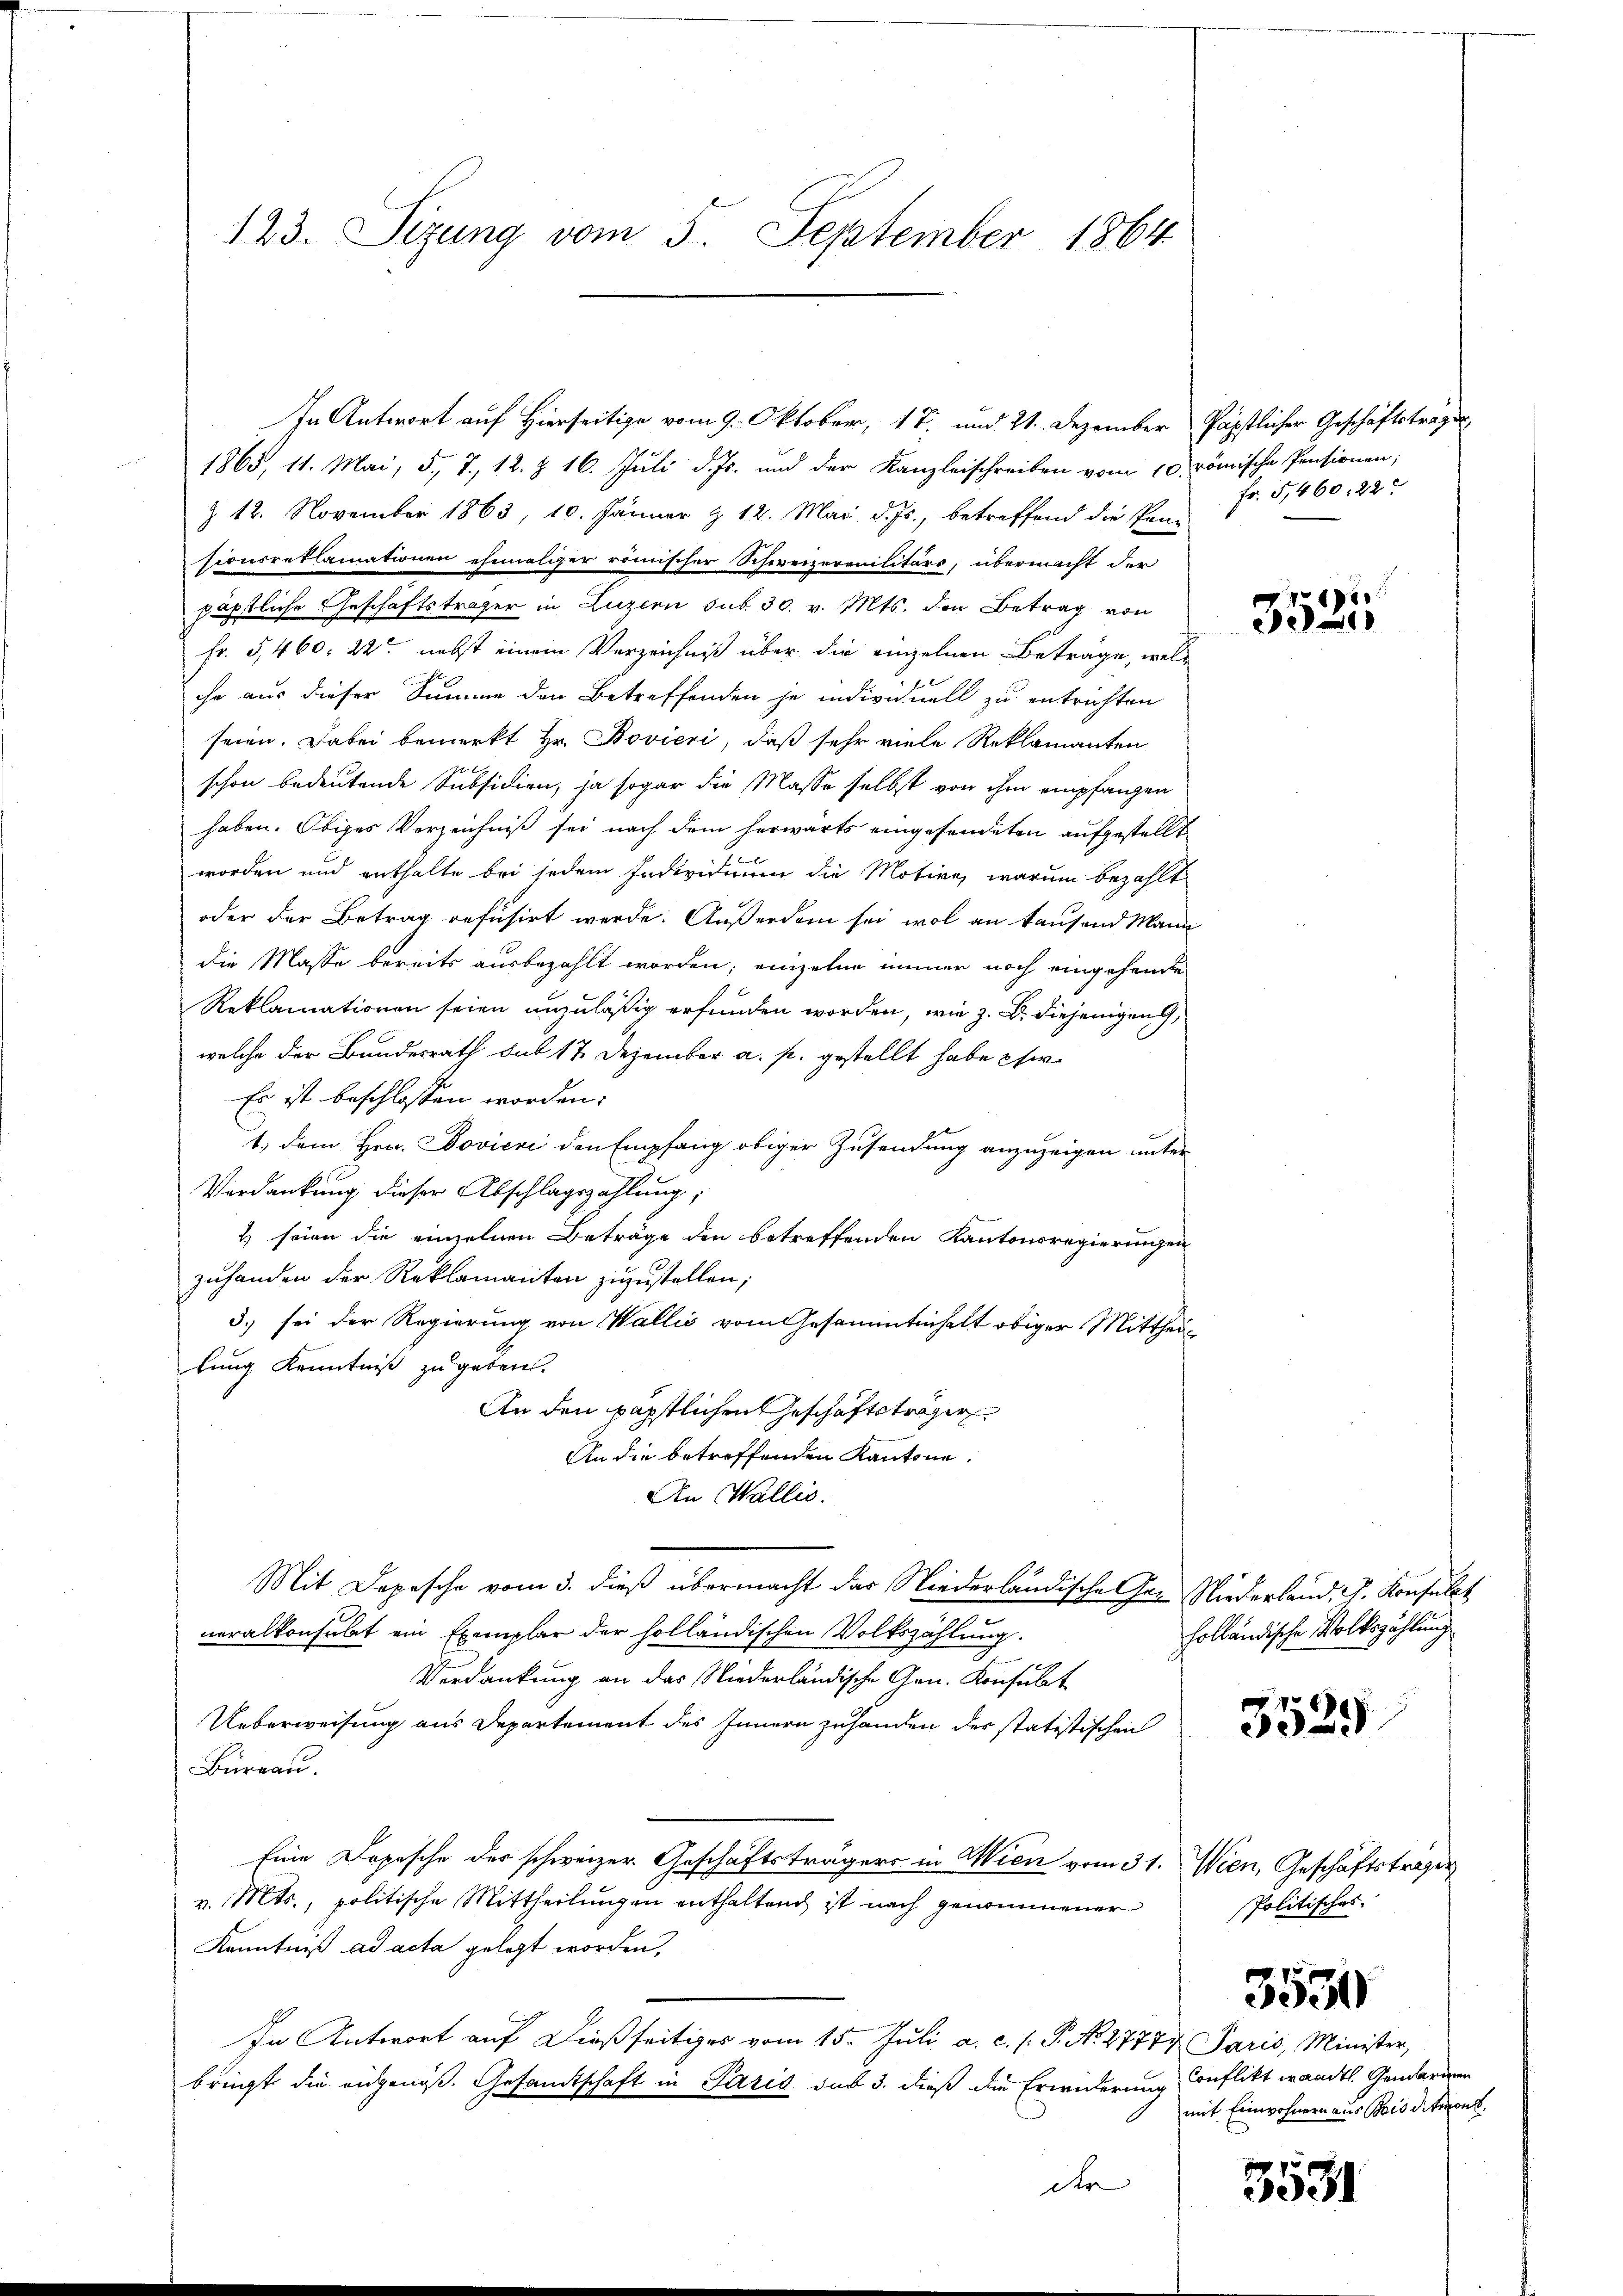
123. Sizung vom 5. September 1864

1865, 11. Mai, 5, 7, 12. §. 16. Juli d. Js. und der Kanzleischreiben vom 10. römische Pensionen,
§ 18. November 1863, 10. Jänner & 12. Mai d. Js., betreffend die Prasionsreklamationen ehemaliger römischer Schweizermilitärs, übermacht der
päpstliche Geschäftsträger in Luzern sub 30. v. Mts. den Betrag von
Fr. 5460. 22ten nebst einem Verzeichniß über die einzelnen Beträge, welihr aus dieser Summe der Betreffenden je individuell zu entrichten
seien. Dabei bemerkt Hr. Bovieri, daß sehr viele Reklamanten
schon bedeutende Subsidien, ja sogar die Masse selbst von ihm empfanzen
haben. Obiges Verzeichniß sei nach dem herwärts eingesendeten aufgestellt
worden und enthalte bei jedem Individium die Motive, warum bezahlt
oder der Betrag refusirt werde. Außerdem sei, wol an kausend Mann
die Masse bereits ausbezahlt worden; einzelne immer noch eingehende
Reklamationen seien unzuläßig erfunden worden, wie z. B. diejenigen,
welche der Bundesrath sub 17 Dezember a. p. gestellt habe hi
Es ist beschlossen worden:
1.) dem Hrn. Sovieri den Empfang obiger Zusendung anzuzeigen unter
Verdankung dieser Abschlagszahlung,
2 seien die einzelnen Beträge den betreffenden Kantonsregierungen
zuhanden der Reklamanten zuzustellen;
3.) sei der Regierung von Wallis vom Gesammteihalt obiger Mittheilung Kenntniß zu geben.
An den päpstlichen Geschäftsträger
An die betreffenden Kantone.
An Wallis.
Mit Depesche vom 3. dieβ übermacht das Niederländische Her Niederland, J. Konsulat
neralkonsulat ein Exemplar der holländischen Volkszählung.
u
Verdankung an der Niederländische Gen. Konsulat
Ueberweisung aus Departement des Innern zuhanden des statistischen
Bürrau.
Eine Dopesche der schweizer Geschäftsträgers in Wien vom 31. Wien, Geschäftstragen
v. Mts., politische Mittheilungen enthaltend ist nach genommener
Kenntniß ad acta gelegt worden,
In Antwort auf dießseitiges vom 15. Juli a. c. s. P. No. 2777 Paris, Minister,
bringt die angenoß. Gesandtschaft in Paris sub 3. dieß die Erwiderung Conflikt waadtl. Generden
der

In Antwort auf Hierseitige vom 9. Oktober, 17. und 21. Dezember Päpstlicher Geschäftsträge

Fr. 5,460, 22

3521

holländische Volkszählung

3525.

Politisches.

3550

mit Einwohnern aus Bis ditions

3531